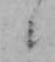
ニ